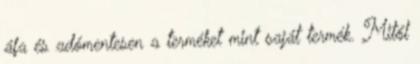
áfa és adómentesen a terméket mint saját termék. Mitől